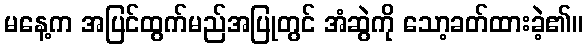
မနေ့က အပြင်ထွက်မည်အပြုတွင် အံဆွဲကို သော့ခတ်ထားခဲ့၏။